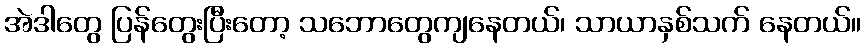
အဲဒါတွေ ပြန်တွေးပြီးတော့ သဘောတွေကျနေတယ်၊ သာယာနှစ်သက် နေတယ်။